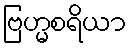
ဗြဟ္မစရိယာ